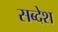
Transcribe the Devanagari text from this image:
सब्देश